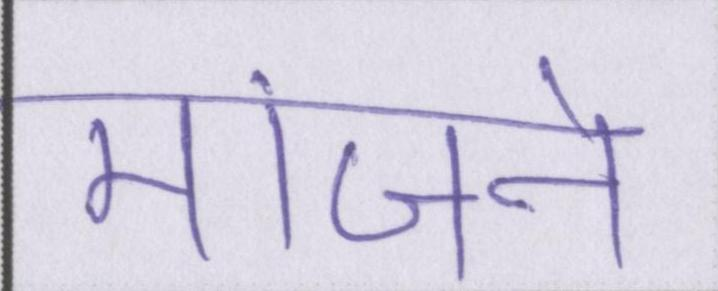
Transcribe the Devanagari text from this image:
मांजने